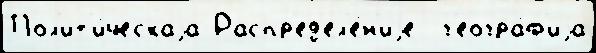
Пол'ит'и́ческаjа Распр'ед'ел'е́н'иjе  г'еогра́ф'иjа